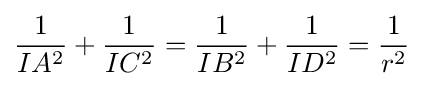
{\frac {1}{IA^{2}}}+{\frac {1}{IC^{2}}}={\frac {1}{IB^{2}}}+{\frac {1}{ID^{2}}}={\frac {1}{r^{2}}}